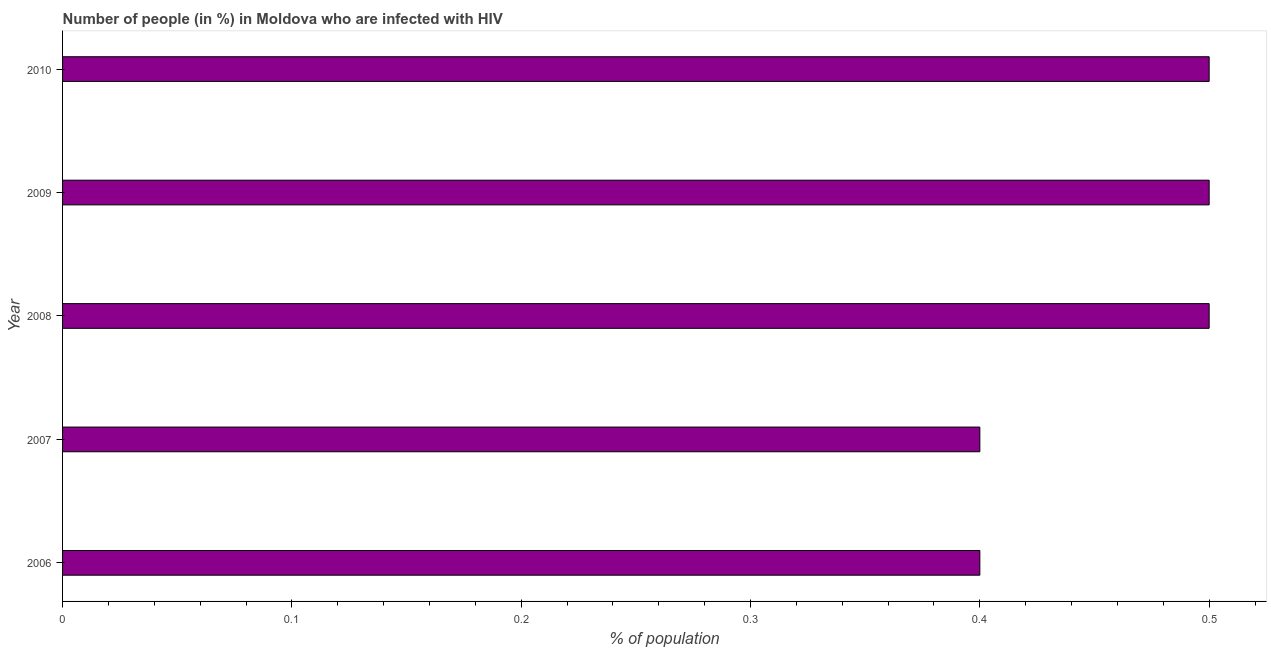
| Year | Infected with HIV |
 | --- | --- |
 | 2006 | 0.4 |
 | 2007 | 0.4 |
 | 2008 | 0.5 |
 | 2009 | 0.5 |
 | 2010 | 0.5 |